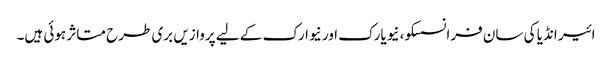
ائیر انڈیا کی سان فرانسسکو، نیویارک اور نیوارک کے لیے پروازیں بری طرح متاثر ہوئی ہیں۔